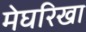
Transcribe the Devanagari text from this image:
मेघरिखा